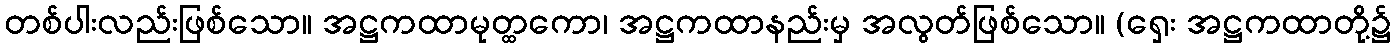
တစ်ပါးလည်းဖြစ်သော။ အဋ္ဌကထာမုတ္ထကော၊ အဋ္ဌကထာနည်းမှ အလွတ်ဖြစ်သော။ (ရှေး အဋ္ဌကထာတို့၌